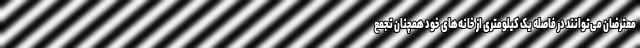
معترضان می‌توانند در فاصله یک کیلومتری از خانه‌های خود همچنان تجمع